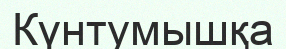
Күнтумышқа